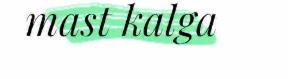
mast kalga